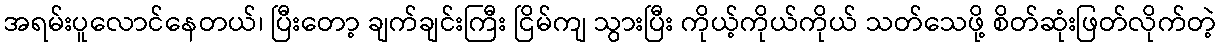
အရမ်းပူလောင်နေတယ်၊ ပြီးတော့ ချက်ချင်းကြီး ငြိမ်ကျ သွားပြီး ကိုယ့်ကိုယ်ကိုယ် သတ်သေဖို့ စိတ်ဆုံးဖြတ်လိုက်တဲ့